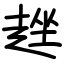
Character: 趖